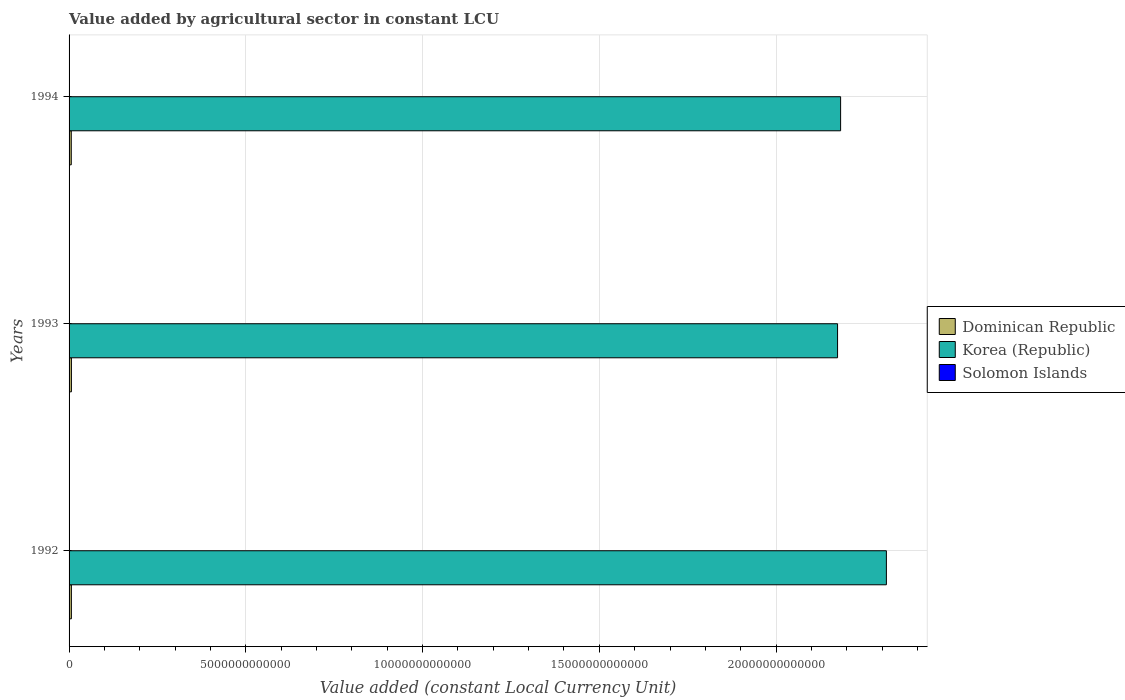
| Years | Dominican Republic | Korea (Republic) | Solomon Islands |
 | --- | --- | --- | --- |
 | 1992 | 6.53e+10 | 2.31e+13 | 7.08e+08 |
 | 1993 | 6.63e+10 | 2.17e+13 | 6.66e+08 |
 | 1994 | 6.21e+10 | 2.18e+13 | 7.8e+08 |